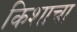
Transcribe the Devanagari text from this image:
किशाचा